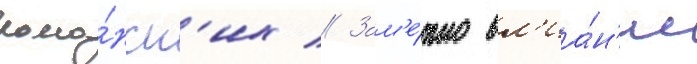
рома́нск'их // Зам'е́тно вл'иа́н'ие